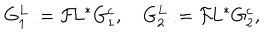
G _ { 1 } ^ { L } : = { \cal F } \! L ^ { * } G _ { 1 } ^ { c } , \quad G _ { 2 } ^ { L } : = { \cal F } \! L ^ { * } G _ { 2 } ^ { c } ,